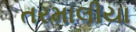
તરમાલીયા